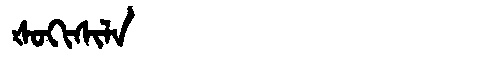
Manchu: ᡧᠣᡴᡳᠰᡳᠯᠠ
Romanization: ŠOKISILA